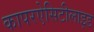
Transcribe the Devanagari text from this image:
कापरऐसिटीलाइड